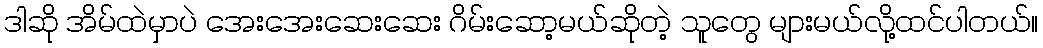
ဒါဆို အိမ်ထဲမှာပဲ အေးအေးဆေးဆေး ဂိမ်းဆော့မယ်ဆိုတဲ့ သူတွေ များမယ်လို့ထင်ပါတယ်။